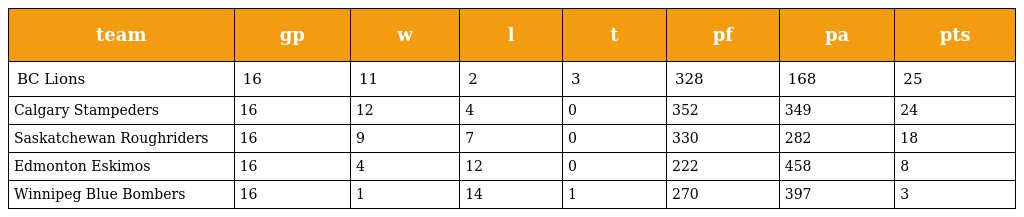
| team | gp | w | l | t | pf | pa | pts |
 | --- | --- | --- | --- | --- | --- | --- | --- |
 | BC Lions | 16 | 11 | 2 | 3 | 328 | 168 | 25 |
 | Calgary Stampeders | 16 | 12 | 4 | 0 | 352 | 349 | 24 |
 | Saskatchewan Roughriders | 16 | 9 | 7 | 0 | 330 | 282 | 18 |
 | Edmonton Eskimos | 16 | 4 | 12 | 0 | 222 | 458 | 8 |
 | Winnipeg Blue Bombers | 16 | 1 | 14 | 1 | 270 | 397 | 3 |